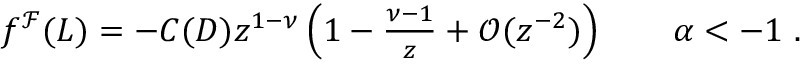
\begin{array} { r } { f ^ { \mathcal { F } } ( L ) = - C ( D ) z ^ { 1 - \nu } \left( 1 - \frac { \nu - 1 } { z } + \mathcal { O } ( z ^ { - 2 } ) \right) \qquad \alpha < - 1 \ . } \end{array}